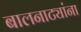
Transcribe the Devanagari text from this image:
बालनाट्यांना